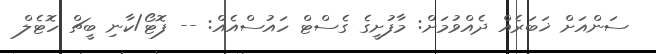
ސަންއަށް ޚަބަރެއް ދެއްވުމަށް: މާފުށީގެ ގެސްޓް ހައުސްއެއް: -- ފޮޓޯ/ކާނި ބީޗް ހޮޓެލް